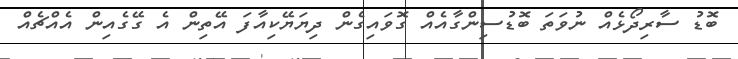
ބޮޑު ސާރިދޯޅެއް ނުވަތަ ބޮޑުސިންގާއެއް ގޮވައިގެން ދިޔަޔޭކިއާފަ އޭތިން އެ ގޭގެއިން އެއްޗެއް